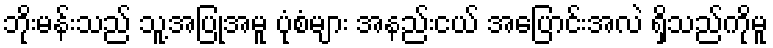
ဘိုးမန်းသည် သူ့အပြုအမူ ပုံစံများ အနည်းငယ် အပြောင်းအလဲ ရှိသည်ကိုမူ